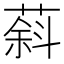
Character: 䔑